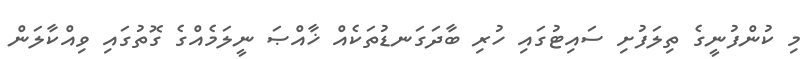
މި ކުންފުނީގެ ތިލަފުށި ސައިޓުގައި ހުރި ބާދަގަނޑުތަކެއް ޚާއްޞަ ނީލަމެއްގެ ގޮތުގައި ވިއްކާލަން